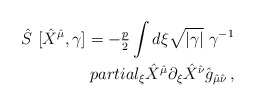
\begin{align*}\hat{S}\ [\hat{X}^{\hat{\mu}},\gamma] =-{\textstyle\frac{p}{2}} \int d\xi \sqrt{|\gamma|}\ \gamma^{-1}\\partial_{\xi}\hat{X}^{\hat{\mu}}\partial_{\xi}\hat{X}^{\hat{\nu}} \hat{g}_{\hat{\mu}\hat{\nu}}\, ,\end{align*}